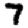
Digit: 7